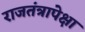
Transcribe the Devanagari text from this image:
राजतंत्रापेक्षा